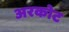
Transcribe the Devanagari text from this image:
अरकोट